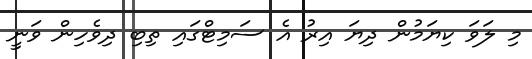
މި ލަވަ ކިޔަމުން ދިޔަ އިރު އެ ސަމިޓްގައި ތިބި ދިވެހިން ވަނީ